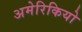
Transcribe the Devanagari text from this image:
अमेरिकियो